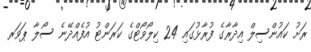
ރަށު ކައުންސިލް އިދާރާގެ ފުރާޅުގައި 24 ކިލޯވޯޓްގެ ކަރަންޓު އުފެއްދޭނެ ސޯލާ ޕަވަރ